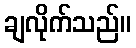
ချလိုက်သည်။